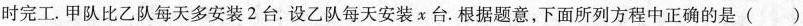
时完工. 甲队比乙队每天多安装2台. 设乙队每天安装x台. 根据题意，下面所列方程中正确的是( )